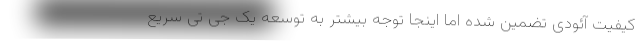
کیفیت آئودی تضمین شده اما اینجا توجه بیشتر به توسعه یک جی تی سریع